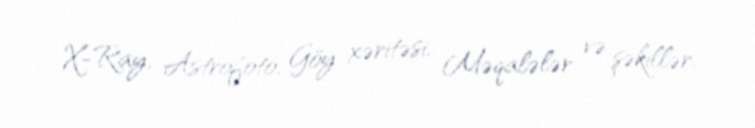
X-Ray, Astrofoto, Göy xəritəsi, Məqalələr və şəkillər.